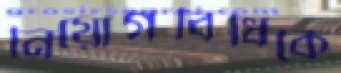
নিয়োগবিধিকে